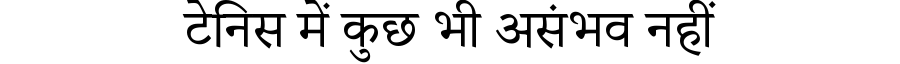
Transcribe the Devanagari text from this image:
टेनिस में कुछ भी असंभव नहीं